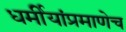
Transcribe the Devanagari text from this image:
धर्मीयांप्रमाणेच